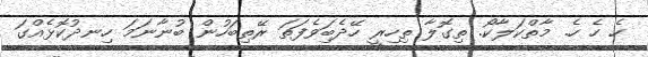
ހެ ހެ ހެ. މާތްކަލާކޯ. ތިގޮލާ ތިހިރީ ހޭދެބަިވެފަތަ ރޭތިބަހުން ބުނާނަމަ ހިނދުކޮޅެއްގަ